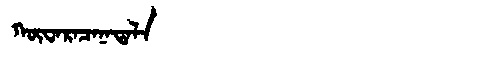
Manchu: ᡴᡡᠸᠠᡵᠠᠴᠠᠨᠠᡨᠠᠯᠠ
Romanization: KŪWARACANATALA